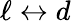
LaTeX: \ell\leftrightarrow d